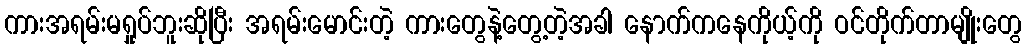
ကားအရမ်းမရှုပ်ဘူးဆိုပြီး အရမ်းမောင်းတဲ့ ကားတွေနဲ့တွေ့တဲ့အခါ နောက်ကနေကိုယ့်ကို ဝင်တိုက်တာမျိုးတွေ